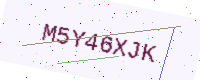
Text: M5Y46XJK